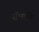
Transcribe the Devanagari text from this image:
सँभारि